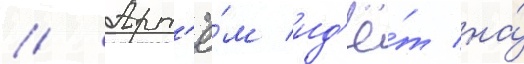
// Арт'ё́м ид'ё́т на́